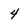
Character: 4